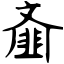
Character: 齑